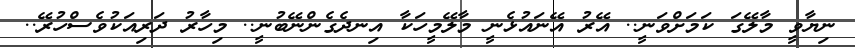
ނިޔާވީ މާލޭގަ ކަމަށްވަނީ.. އޭރު އޭނައުޅެނީ މާލޭމީހަކާ އިނދެގެންނޭބުނީ.. މިހާރު ދަރިއަކުވެސްހުރޭ..